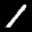
Label: 1